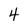
Character: 4